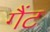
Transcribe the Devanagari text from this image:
गैंट